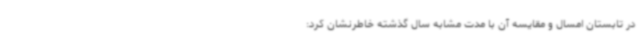
در تابستان امسال و مقایسه آن با مدت مشابه سال گذشته خاطرنشان کرد: